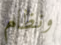
ونظام